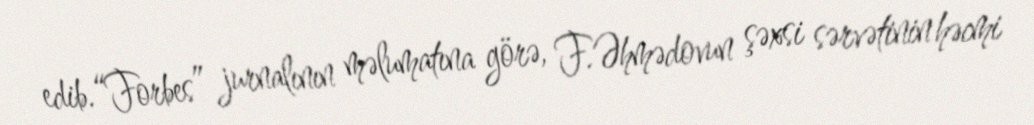
edib.“Forbes” jurnalının məlumatına görə, F.Əhmədovun şəxsi sərvətinin həcmi